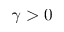
\gamma > 0